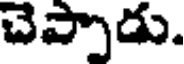
చెప్పాడు.